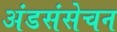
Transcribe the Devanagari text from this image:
अंडसंसेचन